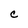
Character: c